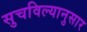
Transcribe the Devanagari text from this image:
सुचविल्यानुसार